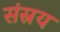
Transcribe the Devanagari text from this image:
संस्रय